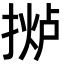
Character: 𫽤